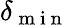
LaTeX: \delta_{\mathrm{~m~i~n~}}